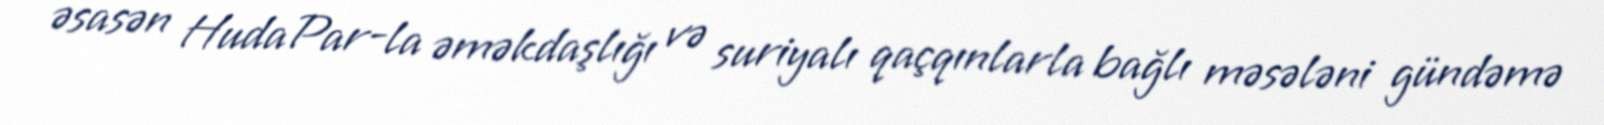
əsasən HudaPar-la əməkdaşlığı və suriyalı qaçqınlarla bağlı məsələni gündəmə